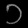
Digit: ၁